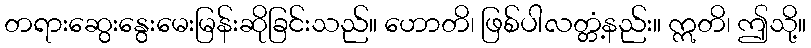
တရားဆွေးနွေးမေးမြန်းဆိုခြင်းသည်။ ဟောတိ၊ ဖြစ်ပါလတ္တံ့နည်း။ ဣတိ၊ ဤသို့။